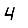
Digit: 4